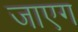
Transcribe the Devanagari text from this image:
जाएग